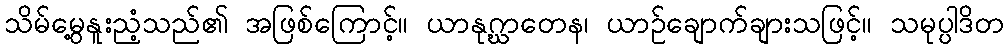
သိမ်မွေ့နူးညံ့သည်၏ အဖြစ်ကြောင့်။ ယာနုဂ္ဃာတေန၊ ယာဉ်ချောက်ချားသဖြင့်။ သမုပ္ပါဒိတ